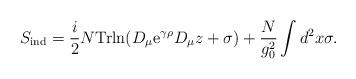
LaTeX: \begin{align*}S_{\rm ind}= {i \over 2}N{\rm Trln} (D_{\mu}{\rm e}^{\gamma\rho}D_{\mu}z+\sigma) +{N \over g^2_0}\int d^2x \sigma. \end{align*}